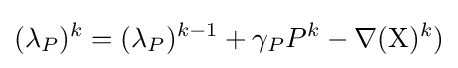
(\lambda _{P})^{k}=(\lambda _{P})^{k-1}+\gamma _{P}P^{k}-\nabla (\mathrm {X} )^{k})